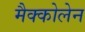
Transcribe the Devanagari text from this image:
मैक्कोलेन